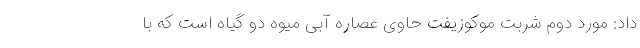
داد: مورد دوم شربت موکوزیفت حاوی عصاره آبی میوه دو گیاه است که با